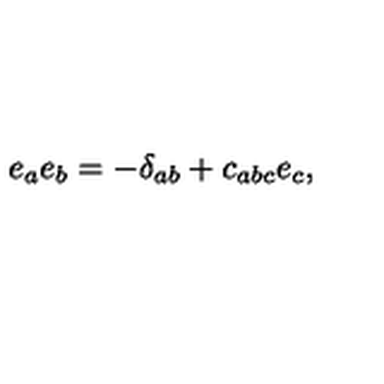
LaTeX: e _ { a } e _ { b } = - \delta _ { a b } + c _ { a b c } e _ { c } ,